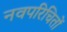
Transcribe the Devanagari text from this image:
नवपरिचितों